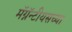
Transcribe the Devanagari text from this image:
मॅग्नॅन्टीयसच्या